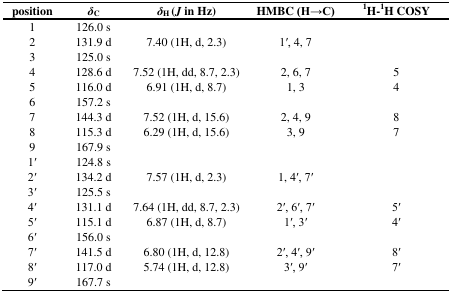
<table><thead><tr><td><b>position</b></td><td><b><i>δ</i><sub>C</sub></b></td><td><b><i>δ</i><sub>H</sub> (<i>J</i> in Hz)</b></td><td><b>HMBC (H→C)</b></td><td><b><sup>1</sup>H-<sup>1</sup>H COSY</b></td></tr></thead><tbody><tr><td>1</td><td>126.0 s</td><td></td><td></td><td></td></tr><tr><td>2</td><td>131.9 d</td><td>7.40 (1H, d, 2.3)</td><td>1′, 4, 7</td><td></td></tr><tr><td>3</td><td>125.0 s</td><td></td><td></td><td></td></tr><tr><td>4</td><td>128.6 d</td><td>7.52 (1H, dd, 8.7, 2.3)</td><td>2, 6, 7</td><td>5</td></tr><tr><td>5</td><td>116.0 d</td><td>6.91 (1H, d, 8.7)</td><td>1, 3</td><td>4</td></tr><tr><td>6</td><td>157.2 s</td><td></td><td></td><td></td></tr><tr><td>7</td><td>144.3 d</td><td>7.52 (1H, d, 15.6)</td><td>2, 4, 9</td><td>8</td></tr><tr><td>8</td><td>115.3 d</td><td>6.29 (1H, d, 15.6)</td><td>3, 9</td><td>7</td></tr><tr><td>9</td><td>167.9 s</td><td></td><td></td><td></td></tr><tr><td>1′</td><td>124.8 s</td><td></td><td></td><td></td></tr><tr><td>2′</td><td>134.2 d</td><td>7.57 (1H, d, 2.3)</td><td>1, 4′, 7′</td><td></td></tr><tr><td>3′</td><td>125.5 s</td><td></td><td></td><td></td></tr><tr><td>4′</td><td>131.1 d</td><td>7.64 (1H, dd, 8.7, 2.3)</td><td>2′, 6′, 7′</td><td>5′</td></tr><tr><td>5′</td><td>115.1 d</td><td>6.87 (1H, d, 8.7)</td><td>1′, 3′</td><td>4′</td></tr><tr><td>6′</td><td>156.0 s</td><td></td><td></td><td></td></tr><tr><td>7′</td><td>141.5 d</td><td>6.80 (1H, d, 12.8)</td><td>2′, 4′, 9′</td><td>8′</td></tr><tr><td>8′</td><td>117.0 d</td><td>5.74 (1H, d, 12.8)</td><td>3′, 9′</td><td>7′</td></tr><tr><td>9′</td><td>167.7 s</td><td></td><td></td><td></td></tr></tbody></table>